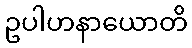
ဥပါဟနာယောတိ